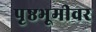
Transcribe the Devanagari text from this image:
पृष्ठभूमीवर